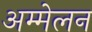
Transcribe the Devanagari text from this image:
अम्मेलन